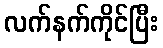
လက်နက်ကိုင်ပြီး